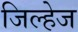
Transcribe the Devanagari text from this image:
जिल्हेज